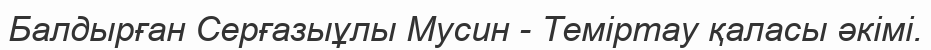
Балдырған Серғазыұлы Мусин - Теміртау қаласы әкімі.